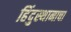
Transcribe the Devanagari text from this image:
हिंदुस्थानाचा